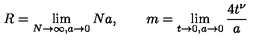
R = \lim _ { N \to \infty , a \to 0 } N a , \qquad m = \lim _ { t \to 0 , a \to 0 } \frac { 4 t ^ { \nu } } { a }